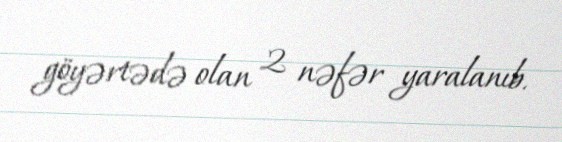
göyərtədə olan 2 nəfər yaralanıb.